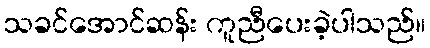
သခင်အောင်ဆန်း ကူညီပေးခဲ့ပါသည်။